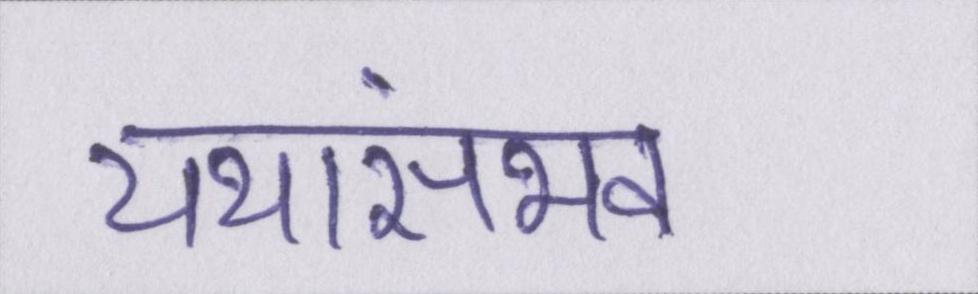
यथासंभव